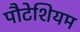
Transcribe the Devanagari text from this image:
पौटेशियम